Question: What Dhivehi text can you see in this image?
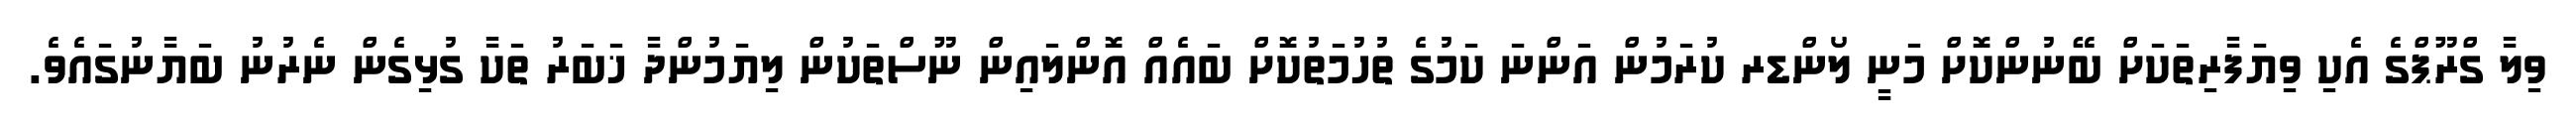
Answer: ވިލާ ގްރޫޕްގެ އެކި ވިޔަފާރިތަކަށް ބޭނުންކޮށް މަނީ ލޯންޑރ ކުރަމުން އަންނަ ކަމުގެ ތުހުމަތުކޮށް ބައެއް އޮންލައިން ނޫސްތަކުން ލިޔަމުންދާ ޚަބަރު ތަކާ ގުޅިގެން ނެރުނު ބަޔާނުގައެވެ.